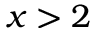
x > 2